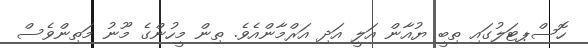
ހޮސްޕޓަލުގައި ތިބީ ޔުއާން އަލީ އަދި އަރްމާންއެވެ. ތިން މީހުންގެ މޫނު މަތިންވެސް